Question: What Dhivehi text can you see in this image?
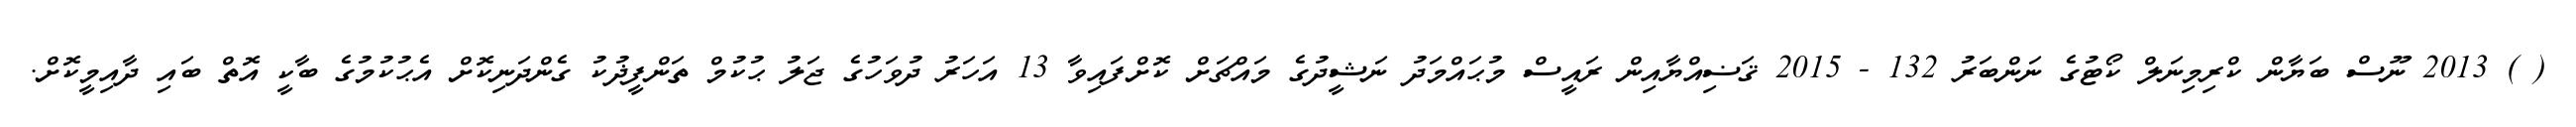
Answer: ( ) 2013 ނޫސް ބަޔާން ކްރިމިނަލް ކޯޓުގެ ނަންބަރު 132 - 2015 ޤަޟިއްޔާއިން ރައީސް މުޙައްމަދު ނަޝީދުގެ މައްޗަށް ކޮށްފައިވާ 13 އަހަރު ދުވަހުގެ ޖަލު ޙުކުމް ތަންފީޛުކު ގެންދަނިކޮށް އެޙުކުމުގެ ބާކީ އޮތް ބައި ދާއިމީކޮށް.